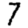
Digit: 7